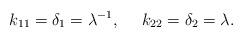
LaTeX: \begin{align*}k_{11} = \delta _1 = \lambda ^{-1} ,~~~~ k_{22} = \delta _2 = \lambda.\end{align*}